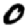
Digit: 0